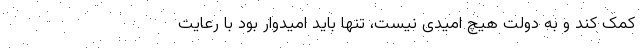
کمک کند و به دولت هیچ امیدی نیست، تنها باید امیدوار بود با رعایت